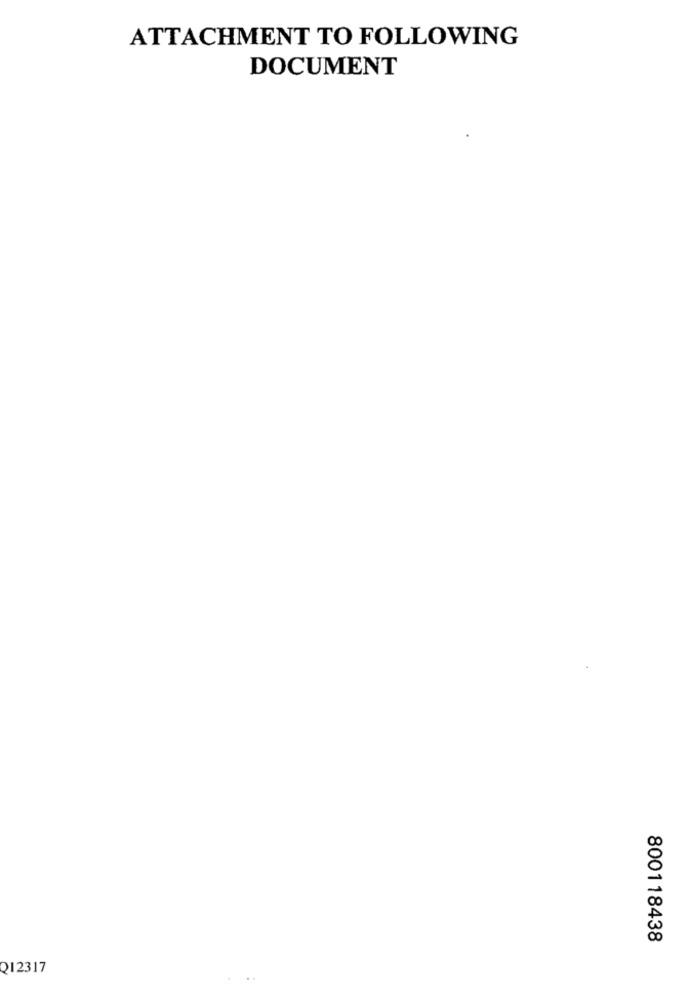
ATTACHMENT TO FOLLOWING
DOCUMENT
800118438
Q12317